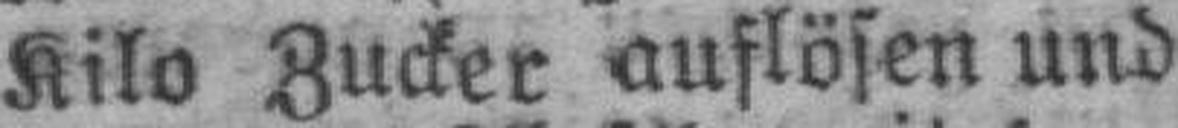
Kilo Zucker auflösen und